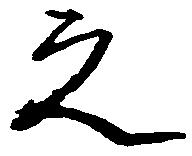
之